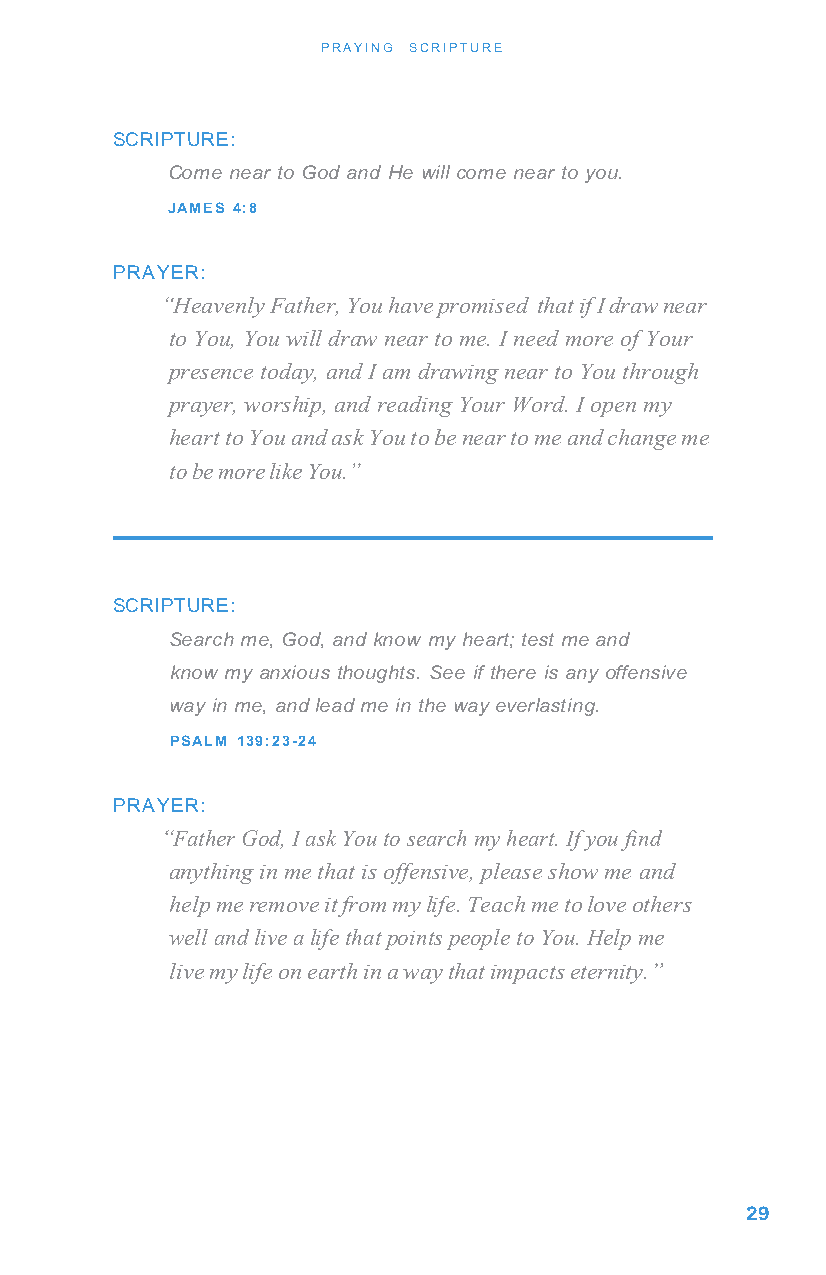
PRAYING SCRIPTURE
 SCRIPTURE:
 Come near to God and He will come near to you.
 JAMES 4:8
 PRAYER:
 “Heavenly Father, You have promised that if I draw near
 to You, You will draw near to me. I need more of Your
 presence today, and I am drawing near to You through
 prayer, worship, and reading Your Word. I open my
 heart to You and ask You to be near to me and change me
 to be more like You.”
 SCRIPTURE:
 Search me, God, and know my heart; test me and
 know my anxious thoughts. See if there is any offensive
 way in me, and lead me in the way everlasting.
 PSALM 139:23-24
 PRAYER:
 “Father God, I ask You to search my heart. If you find
 anything in me that is offensive, please show me and
 help me remove it from my life. Teach me to love others
 well and live a life that points people to You. Help me
 live my life on earth in a way that impacts eternity.”
 29